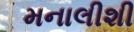
મનાલીશી